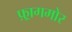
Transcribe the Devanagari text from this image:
फ़्रागमोर